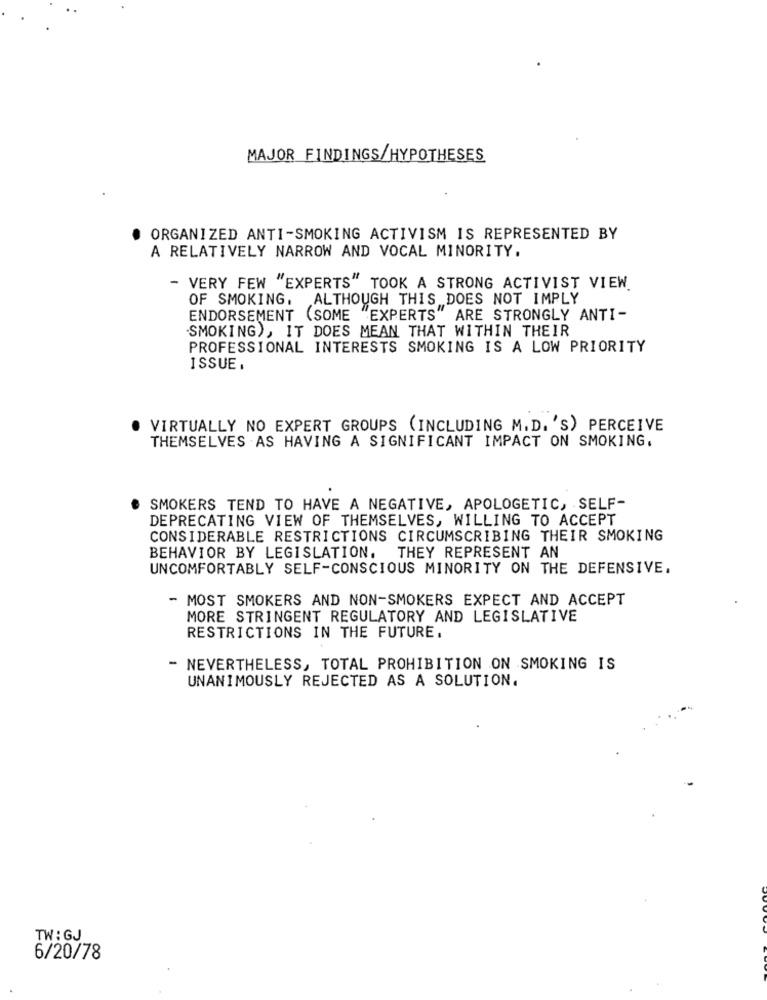
MAJOR FINDINGS/HYPOTHESES
ORGANIZED ANTI-SMOKING ACTIVISM IS REPRESENTED BY
A RELATIVELY NARROW AND VOCAL MINORITY.
- VERY FEW "EXPERTS" TOOK A STRONG ACTIVIST VIEW
OF SMOKING.
ALTHOUGH THIS DOES NOT IMPLY
ENDORSEMENT (SOME "EXPERTS" ARE STRONGLY ANTI-
SMOKING), IT DOES MEAN THAT WITHIN THEIR
PROFESSIONAL INTERESTS SMOKING IS A LOW PRIORITY
ISSUE .
VIRTUALLY NO EXPERT GROUPS (INCLUDING M.D. 'S) PERCEIVE
THEMSELVES AS HAVING A SIGNIFICANT IMPACT ON SMOKING.
SMOKERS TEND TO HAVE A NEGATIVE, APOLOGETIC, SELF-
DEPRECATING VIEW OF THEMSELVES, WILLING TO ACCEPT
CONSIDERABLE RESTRICTIONS CIRCUMSCRIBING THEIR SMOKING
BEHAVIOR BY LEGISLATION. THEY REPRESENT AN
UNCOMFORTABLY SELF-CONSCIOUS MINORITY ON THE DEFENSIVE.
- MOST SMOKERS AND NON-SMOKERS EXPECT AND ACCEPT
MORE STRINGENT REGULATORY AND LEGISLATIVE
RESTRICTIONS IN THE FUTURE.
- NEVERTHELESS, TOTAL PROHIBITION ON SMOKING IS
UNANIMOUSLY REJECTED AS A SOLUTION.
TW : GJ
6/20/78